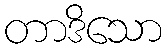
တာဒိသော